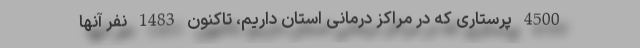
4500 پرستاری که در مراکز درمانی استان داریم، تاکنون 1483 نفر آنها